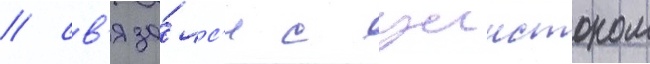
/ св'яза́лс'я с уинстоном